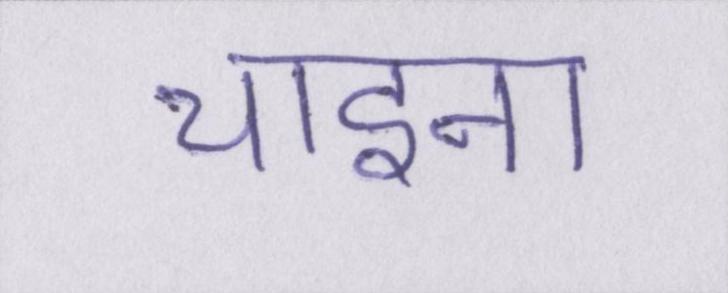
चाइना